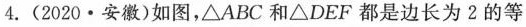
4.(2020·安徽)如图，△ABC和△DEF都是边长为2的等